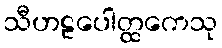
သီဟဠပေါတ္ထကေသု